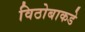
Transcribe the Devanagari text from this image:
विठोबाकडे